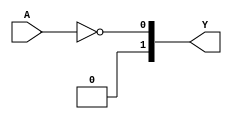
module techlib_logic_not (A, Y);
parameter A_SIGNED = 0;
parameter A_WIDTH = 0;
parameter Y_WIDTH = 0;
input [A_WIDTH-1:0] A;
output [Y_WIDTH-1:0] Y;
generate
	if (A_SIGNED) begin:BLOCK1
		assign Y = !$signed(A);
	end else begin:BLOCK2
		assign Y = !A;
	end
endgenerate
endmodule